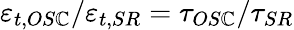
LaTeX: \varepsilon_{t,OS\mathbb{C}}/\varepsilon_{t,SR}=\tau_{OS\mathbb{C}}/\tau_{SR}